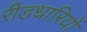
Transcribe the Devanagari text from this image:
रीडधारियों